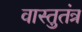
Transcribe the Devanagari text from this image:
वास्तुतंत्र